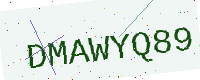
Text: DMAWYQ89